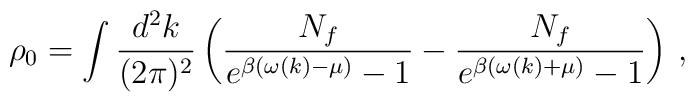
\rho_0= \int \frac{d^2k}{(2\pi)^2}\left(\frac{N_f}{e^{\beta(\omega(k)-\mu)}-1}-\frac{N_f}{e^{\beta(\omega(k)+\mu)}-1}\right) \,,